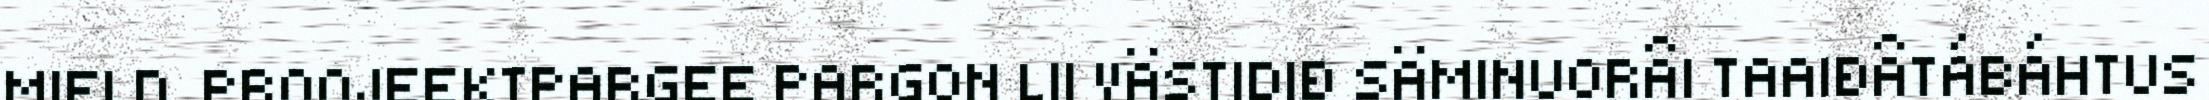
MIELD. PROOJEEKTPARGEE PARGON LII VÄSTIDIĐ SÄMINUORÂI TAAIĐÂTÁBÁHTUS